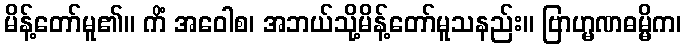
မိန့်တော်မူ၏။ ကိံ အဝေါစ၊ အဘယ်သို့မိန့်တော်မူသနည်း။ ဗြာဟ္မဏဓမ္မိက၊